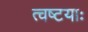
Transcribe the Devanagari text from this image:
त्वष्टयाः